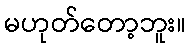
မဟုတ်တော့ဘူး။